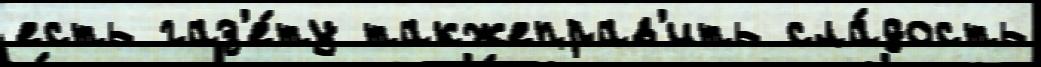
есть газ'е́ту такжеправ'ить сла́дость